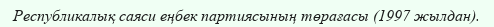
Республикалық саяси еңбек партиясының төрағасы (1997 жылдан).